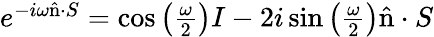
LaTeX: \begin{array}{r}{e^{-i\omega\hat{\mathrm{n}}\cdot S}=\cos\left(\frac{\omega}{2}\right)I-2i\sin\left(\frac{\omega}{2}\right)\hat{\mathrm{n}}\cdot S}\end{array}